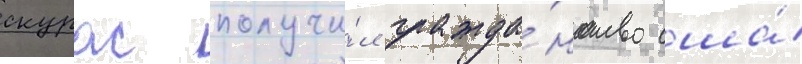
скурас получи́л гражда́нство сша́